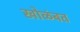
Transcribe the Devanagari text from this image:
खोळंबत